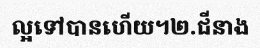
ល្អទៅបានហើយ។២.ជីនាង